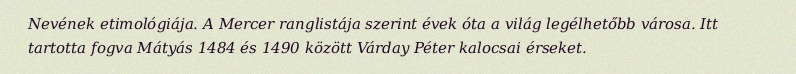
Nevének etimológiája. A Mercer ranglistája szerint évek óta a világ legélhetőbb városa. Itt tartotta fogva Mátyás 1484 és 1490 között Várday Péter kalocsai érseket.